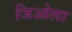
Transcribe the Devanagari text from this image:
जिओला